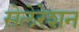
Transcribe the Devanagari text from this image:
सेलेरेशन